Lunatic asylums Punjab 1868-1880 - 1868-1880
Year: 1868
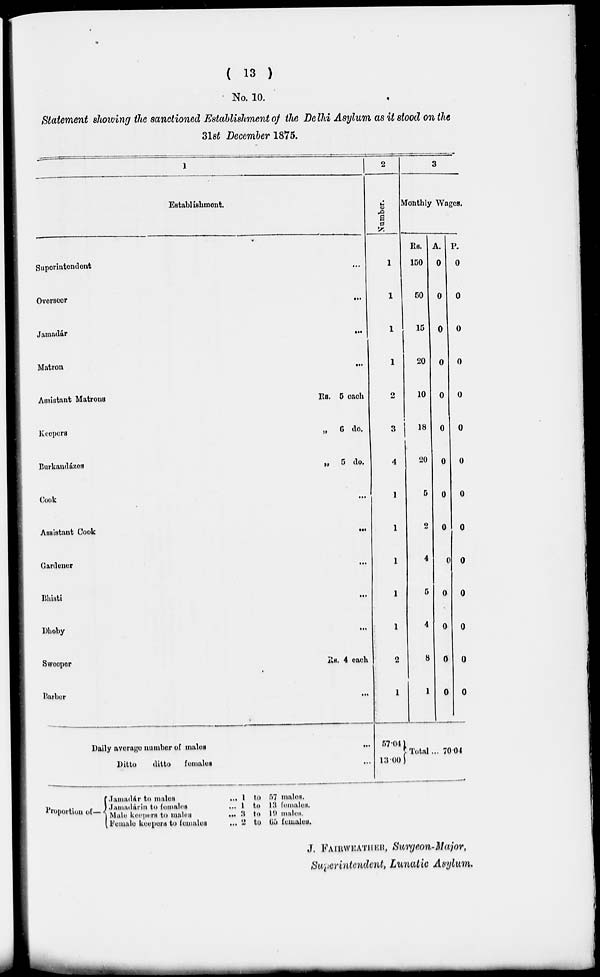
( 13 )
No. 10.
Statement showing the sanctioned Establishment of the Delhi Asylum as it stood on the
31st December 1875.
1
Establishment.
Superintendent ...
Overseer
...
Jamadár
...
Matron
...
Assistant Matrons
Rs. 5 each
Keepers
„
6 do.
Burkandázes
„
5
do.
Cook
...
Assistant Cook
...
Gardener
...
Bhisti
...
Dhoby
...
Sweeper
Rs.
4 each
Barber
...
2
Number.
1
1
1
1
2
3
4
1
1
1
1
1
2
1
3
Monthly Wages.
Rs.
150
50
15
20
10
18
20
5
2
4
5
4
8
1
A.
0
0
0
0
0
0
0
0
0
0
0
0
0
0
P.
0
0
0
0
0
0
0
0
0
0
0
0
0
0
Daily average number of males
...
Ditto
ditto females ...
57.04
13.00
Total ... 70.04
Proportion of—
Jamadár to males
...
Jamadárin to
females
...
Male keepers to males
...
Female keepers to females
...
1
1
3
2
to
to
to
to
57 males.
13 females.
19 males.
65 females.
J. FAIRWEATHER, Surgeon-Major,
Superintendent, Lunatic Asylum.